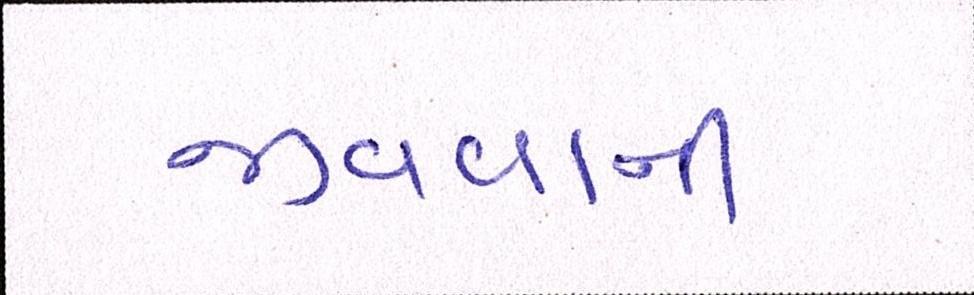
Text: જીવવાની